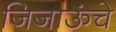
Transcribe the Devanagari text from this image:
जिजाऊंचे